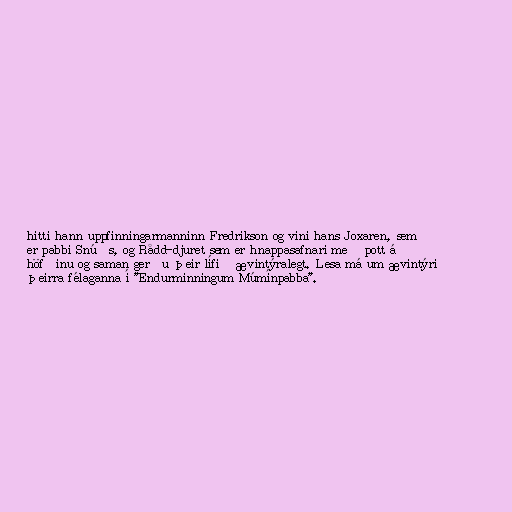
hitti hann uppfinningarmanninn Fredrikson og vini hans Joxaren, sem
er pabbi Snúðs, og Rådd-djuret sem er hnappasafnari með pott á
höfðinu og saman gerðu þeir lífið ævintýralegt. Lesa má um ævintýri
þeirra félaganna í "Endurminningum Múmínpabba".